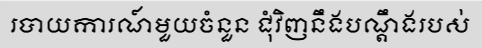
របាយការណ៍មួយចំនួន ជុំវិញនឹងបណ្តឹងរបស់